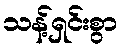
သန့်ရှင်းစွာ